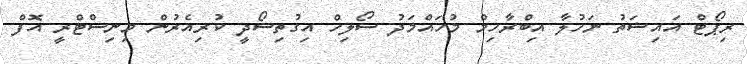
ރިޕޯޓް އައިޝަތު ނަހުލާ އިބްރާހިމް މުހައްމަދު ސޯލިހް އިގުތިސޯދީ ކުރިއެރުން މިނިސްޓްރީ އޮފް